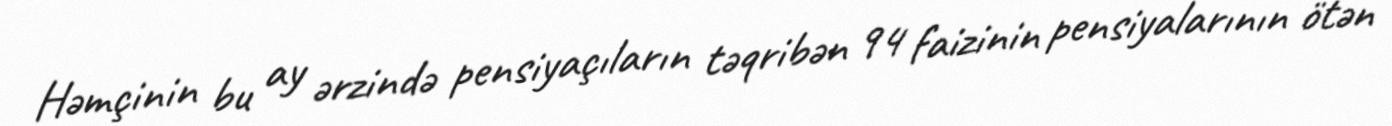
Həmçinin bu ay ərzində pensiyaçıların təqribən 94 faizinin pensiyalarının ötən